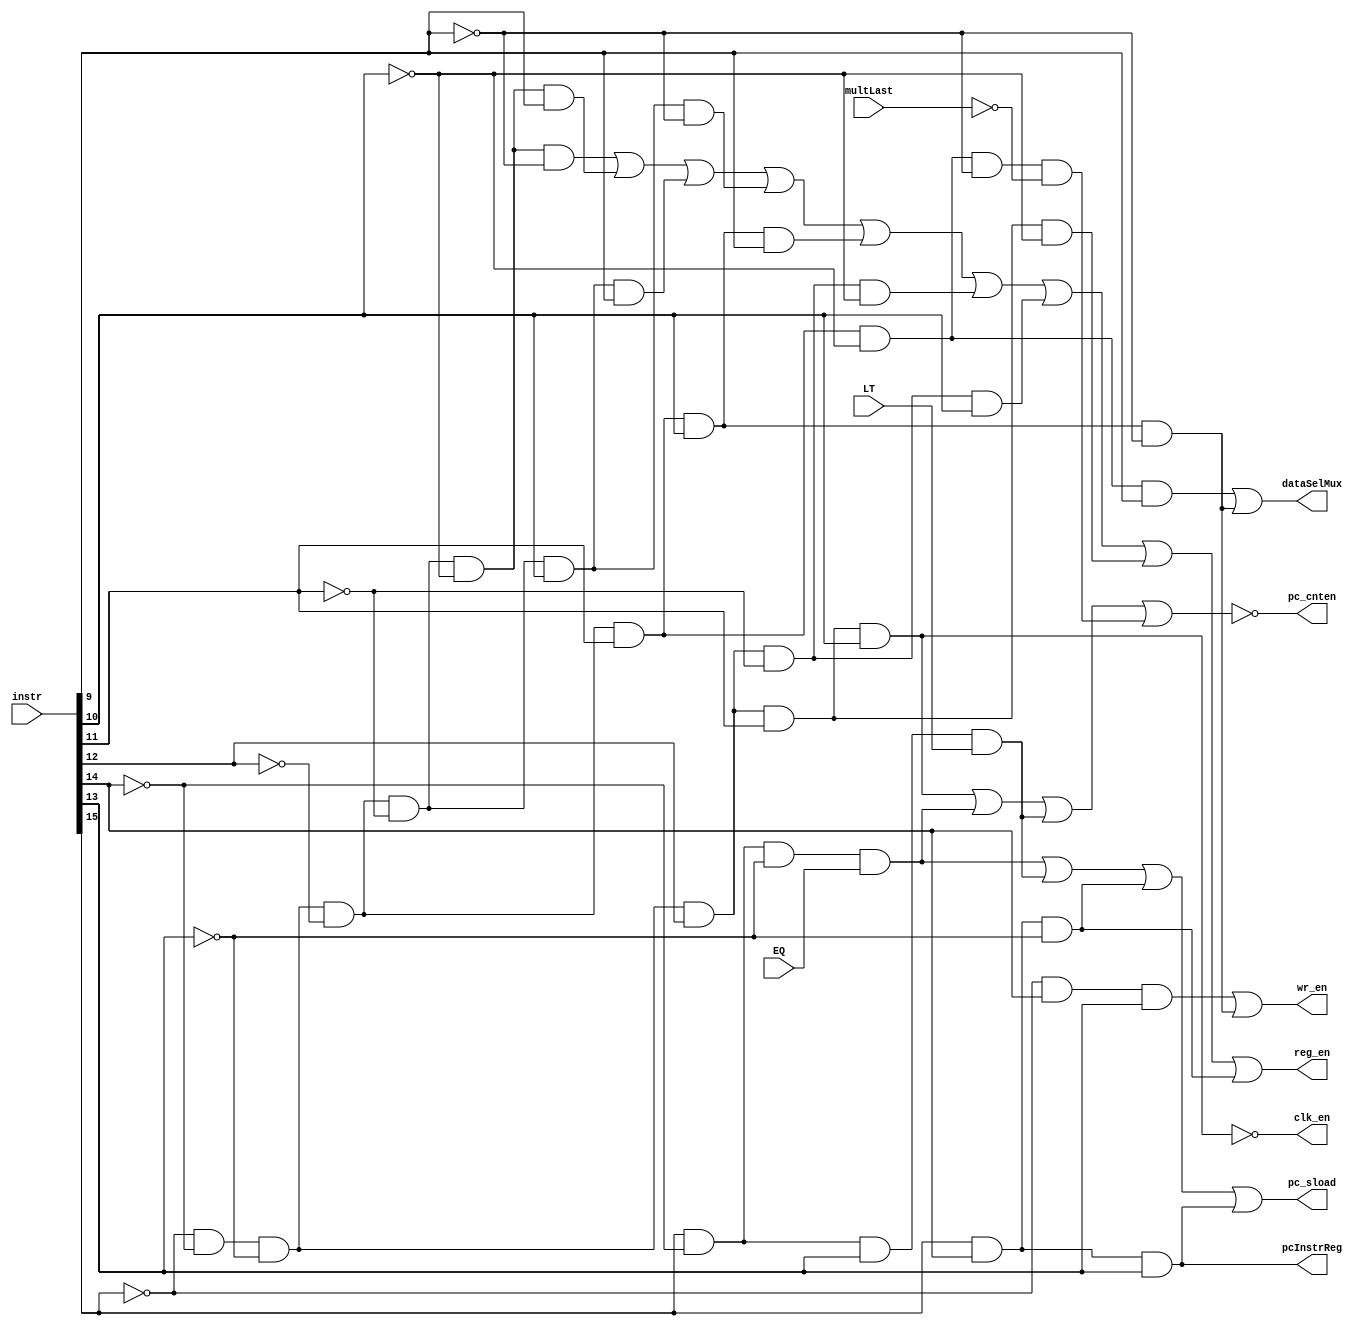
// DECODER
module pipelined_decoder(
	input wire [15:0] instr,	// Current opcode
	input wire EQ,
	input wire LT,
	input multLast,	// If the multiplier is on the last stage of multiplication
	
	output pc_sload,	// sload for instruction register
	output pc_cnten,	// enable increment of counter
	output pcInstrReg,	// Take PC input from register or from instruction?

	output dataSelMux,	// to select reading from instructions (0) or from registers (1)
	
	output wr_en,		// Enable writing to RAM content
	output reg_en,		// edits the Regfile

	output clk_en		// disables further clocking after STP.
);

wire [6:0]inst = instr[15:9];
//wire [2:0]cin = instr[8:6];

// R Opcodes
wire ADD = ( ~inst[6] & ~inst[5] & ~inst[4] & ~inst[3] & ~inst[2] & ~inst[1] & ~inst[0] );	//0000000
wire SUB = ( ~inst[6] & ~inst[5] & ~inst[4] & ~inst[3] & ~inst[2] & ~inst[1] & inst[0] );		//0000001
wire MOV = ( ~inst[6] & ~inst[5] & ~inst[4] & ~inst[3] & ~inst[2] & inst[1] & ~inst[0] );		//0000010
wire XSR = ( ~inst[6] & ~inst[5] & ~inst[4] & ~inst[3] & ~inst[2] & inst[1] & inst[0] );	   //0000011
wire LCG = ( ~inst[6] & ~inst[5] & ~inst[4] & ~inst[3] & inst[2] & ~inst[1] & ~inst[0] );		//0000100
wire LDR = ( ~inst[6] & ~inst[5] & ~inst[4] & ~inst[3] & inst[2] & ~inst[1] & inst[0] );	   //0000101
wire STR = ( ~inst[6] & ~inst[5] & ~inst[4] & ~inst[3] & inst[2] & inst[1] & ~inst[0] );	   //0000110
wire BIT = ( ~inst[6] & ~inst[5] & ~inst[4] & ~inst[3] & inst[2] & inst[1] & inst[0] );	   //0000111
// LCG variants
//wire LCG_GP5 = instr[8];	// Utilises GP5 for addition/accumulation
//wire LCG_Loop = instr[7];	// Loops more than once
//wire LCG_32 = instr[6];		// 32 or 16-bit product

// Variations

// I Opcodes
wire ADDI = ( ~inst[6] & ~inst[5] & ~inst[4] & inst[3] & ~inst[2] & ~inst[1] );	//000100
wire SUBI = ( ~inst[6] & ~inst[5] & ~inst[4] & inst[3] & ~inst[2] & inst[1] );	//000101
wire LDI =  ( ~inst[6] & ~inst[5] & ~inst[4] & inst[3] & inst[2] & ~inst[1] );	//000110

// STOP Opcodes
wire STP =  ( ~inst[6] & ~inst[5] & ~inst[4] & inst[3] & inst[2] & inst[1] );	//000111

// L/S Opcodes
//wire LDA = ( ~inst[6] & inst[5] & ~inst[4] );	//010
wire STA =  ( ~inst[6] & inst[5] & inst[4] );	//011

// J Opcodes
wire JEQ = ( inst[6] & ~inst[5] & ~inst[4] );	//100
wire JLT = ( inst[6] & ~inst[5] & inst[4] );		//101
wire JAL =  ( inst[6] & inst[5] & ~inst[4] );	//110
wire JR =  ( inst[6] & inst[5] & inst[4] );		//111

/* output assignments */
// We would only loop if the current opcode is correct and the clearing condtions are not met:
// - If the 'loop' instr bit is set
// - If we reach multLast on a non-looped operation, we know we can go to FETCH
//assign loopStart = (LCG & LCG_Loop & ~EQ) | (LCG & ~LCG_Loop & ~multLast);
//assign loopStart = (LCG & LCG_Loop & ~LT) | (LCG & ~LCG_Loop & (~multLast|~prevMult));

// We only want to load PC during jumps.
// JAL and JR are unconditional jumps, no condition requried for prefix.
// JEQ and JLT are conditional.
assign pc_sload = JEQ&EQ | JLT&LT | JAL | JR ;

// We will want to count up the PC when not in STP.
// JEQ and JLT are conditional jumps so PC should count up when condition not met.
// Do not increment PC when we are looping!
assign pc_cnten = !(STP | JEQ&EQ | JLT&LT | LCG&~multLast);

// Only time we load instruction to PC from register $ra is during JR.
assign pcInstrReg = JR;

// Choose register output for address of data memory in these cases.
assign dataSelMux = LDR | STR;

// Enable writing to RAM content, only occurs during STA.
assign wr_en = STA | STR;

// enables editing of register file, when an assignment needs to be made.
// Only increment GP3 when multLast is high, for a LCG16 instruction.
// Other LCG instructions do not require GP3.
assign reg_en = ADD|SUB|XSR|MOV|BIT|ADDI|SUBI|LDI|JAL;

// disable clocking after STP, but if skip is high, we don't need to stop
 assign clk_en = ~STP;

endmodule